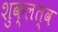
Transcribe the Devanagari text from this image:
शुक्लत्व